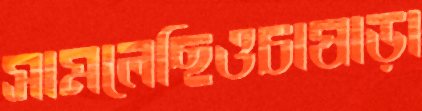
সামলেছিওচাষাড়া